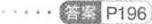
……答案P196)